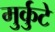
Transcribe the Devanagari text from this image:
मुर्कुटे